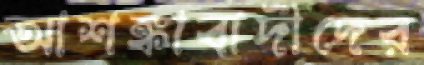
আশঙ্কাবাদীদের